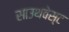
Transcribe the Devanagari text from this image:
साउथवेस्‍ट